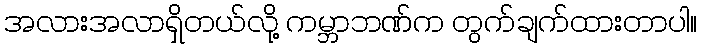
အလားအလာရှိတယ်လို့ ကမ္ဘာဘဏ်က တွက်ချက်ထားတာပါ။